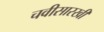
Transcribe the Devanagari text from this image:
चवीसारखी